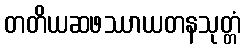
တတိယဆဖဿာယတနသုတ္တံ